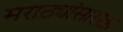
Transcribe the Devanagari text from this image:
मराठ्यांसारखा